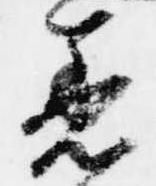
着